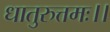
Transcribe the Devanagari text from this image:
धातुरुत्तमः।।